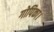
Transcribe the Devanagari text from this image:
गोपिका।